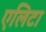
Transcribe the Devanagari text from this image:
एलिटा